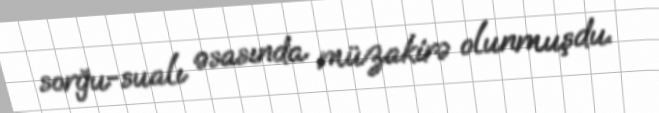
sorğu-sualı əsasında müzakirə olunmuşdu.